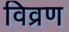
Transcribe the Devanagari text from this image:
विव्रण